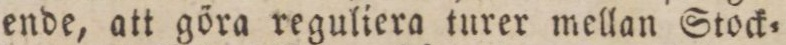
ende, att göra reguliera turer mellan Stock=